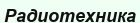
Радиотехника